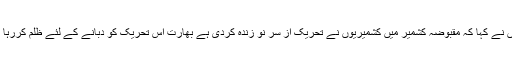
انہوں نے کہا کہ مقبوضہ کشمیر میں کشمیریوں نے تحریک از سر نو زندہ کردی ہے بھارت اس تحریک کو دبانے کے لئے ظلم کررہا ہے۔